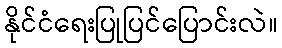
နိုင်ငံရေးပြုပြင်ပြောင်းလဲ။